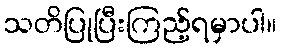
သတိပြုပြီးကြည့်ရမှာပါ။